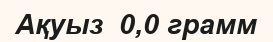
Ақуыз  0,0 грамм